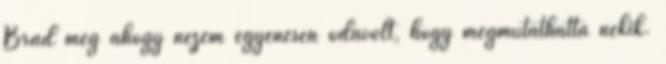
Brad meg ahogy nézem egyenesen odavolt, hogy megmutathatta nekik.